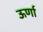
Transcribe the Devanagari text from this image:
ऊर्णा